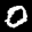
Label: 0